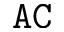
\mathtt { A C }